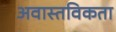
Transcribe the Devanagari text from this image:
अवास्तविकता